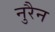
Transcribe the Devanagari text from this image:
नुरैन